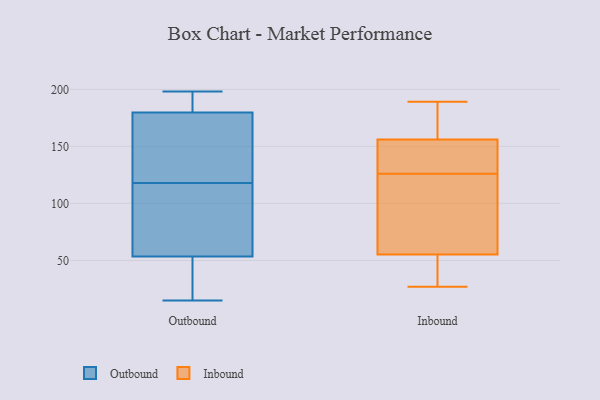
{"axis": {"x": "Energy Usage (MWh)", "y": "Value"}, "legend": ["Inbound", "Outbound"], "data": [{"x": "", "y": 78, "type": "Outbound"}, {"x": "", "y": 192, "type": "Outbound"}, {"x": "", "y": 118, "type": "Outbound"}, {"x": "", "y": 184, "type": "Outbound"}, {"x": "", "y": 15, "type": "Outbound"}, {"x": "", "y": 24, "type": "Outbound"}, {"x": "", "y": 55, "type": "Outbound"}, {"x": "", "y": 154, "type": "Outbound"}, {"x": "", "y": 167, "type": "Outbound"}, {"x": "", "y": 198, "type": "Outbound"}, {"x": "", "y": 53, "type": "Outbound"}, {"x": "", "y": 62, "type": "Inbound"}, {"x": "", "y": 53, "type": "Inbound"}, {"x": "", "y": 27, "type": "Inbound"}, {"x": "", "y": 177, "type": "Inbound"}, {"x": "", "y": 51, "type": "Inbound"}, {"x": "", "y": 110, "type": "Inbound"}, {"x": "", "y": 67, "type": "Inbound"}, {"x": "", "y": 189, "type": "Inbound"}, {"x": "", "y": 156, "type": "Inbound"}, {"x": "", "y": 126, "type": "Inbound"}, {"x": "", "y": 27, "type": "Inbound"}, {"x": "", "y": 141, "type": "Inbound"}, {"x": "", "y": 187, "type": "Inbound"}, {"x": "", "y": 130, "type": "Inbound"}, {"x": "", "y": 156, "type": "Inbound"}]}